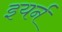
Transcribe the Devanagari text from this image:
इयर्न